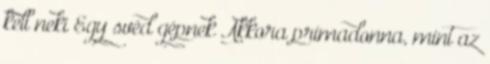
kell neki Egy svéd gépnek Akkora primadonna, mint az